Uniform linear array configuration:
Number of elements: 4
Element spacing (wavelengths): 0.5
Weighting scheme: exponential
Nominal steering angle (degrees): -30
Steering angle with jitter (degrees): -31.357
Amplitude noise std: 0.05
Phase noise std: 0.05

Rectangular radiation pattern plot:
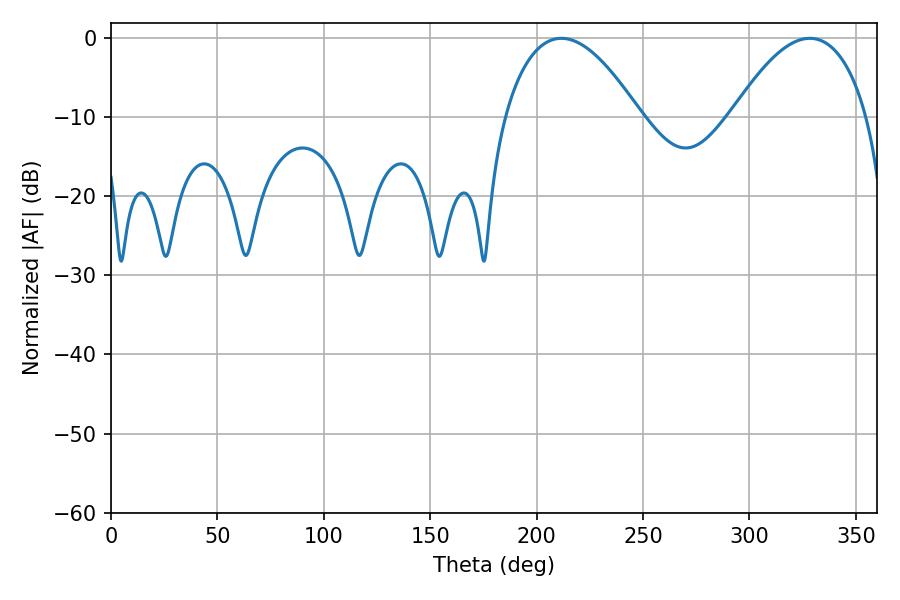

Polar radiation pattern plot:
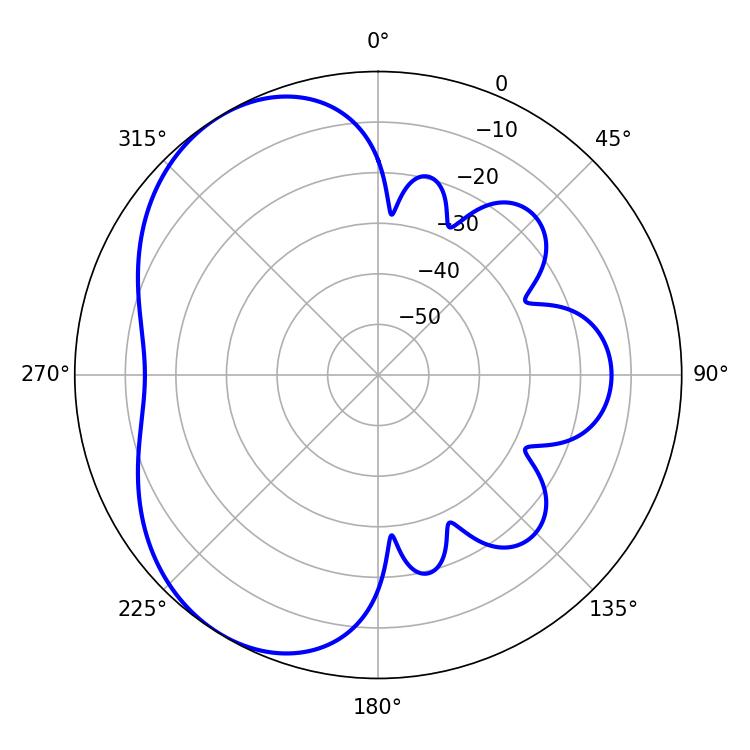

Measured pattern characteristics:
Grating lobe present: FALSE
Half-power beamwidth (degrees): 35.28
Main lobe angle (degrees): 211.68